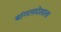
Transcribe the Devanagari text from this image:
बांगलादेशाला